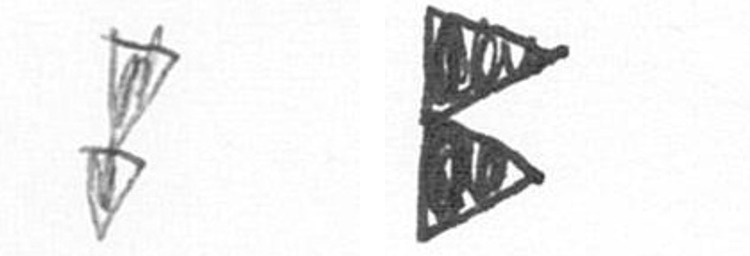
Z P